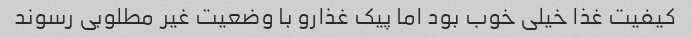
کیفیت غذا خیلی خوب بود اما پیک غذارو با وضعیت غیر مطلوبی رسوند